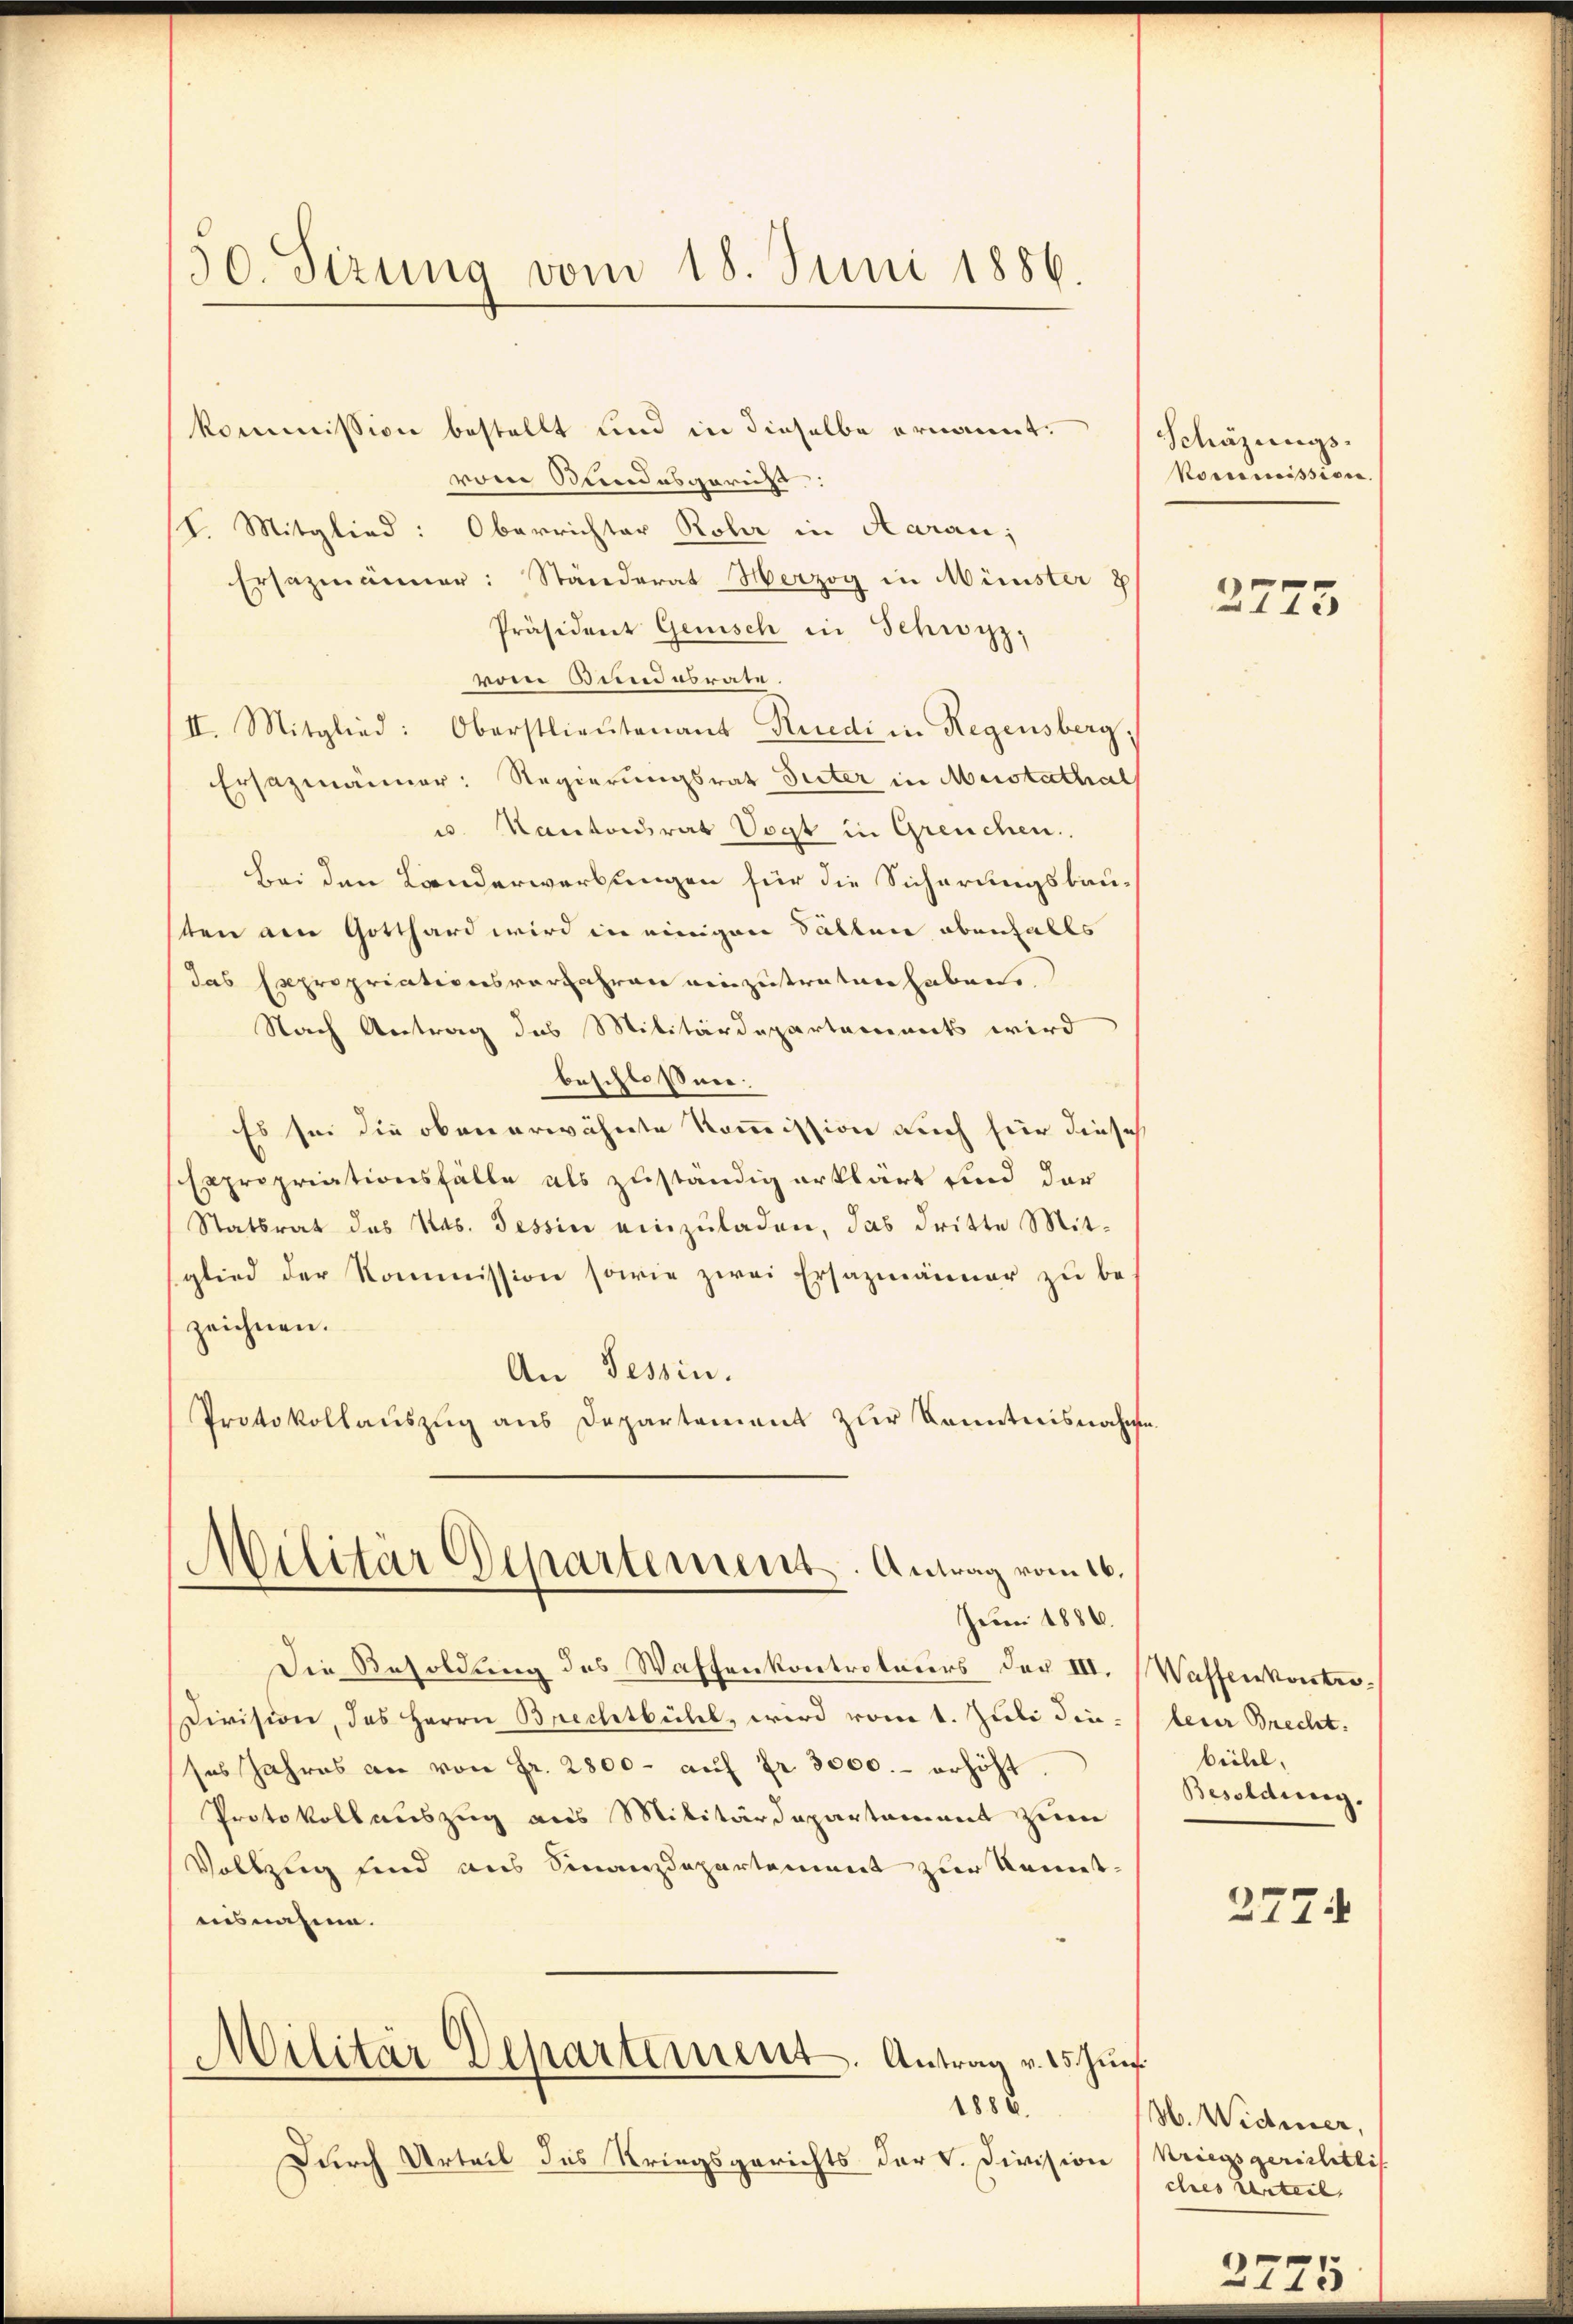
30. Sizung vom 18. Juni 1886.

kommission bestellt und in dieselbe ernannt:
von Randesgericht:
/I. Mitglied: Oberrichter Roler in Aarau;
Ersezmänner: Ständerat Herzog in Minister 8
Präsident Genisch in Schwyz,
vom Bundesrate.
II. Mitglied: Oberstlieutenant Rüedi in Regensberg,
Ersazmänner: Regierungsrat Suter in Mestathal
u. Kantonsrat Vogt in Greuchen.
bei den Landerwerbungen für die Sicherungsbau-
ten am Gotthard wird in einigen Sätten ebenfalls
das Repropriationsvorjahren einzutreten haben.
Nach Antrag des Militärdepartements wird
beschloßen
Es sei die obenerwähnte Kommission auch für diese
Expropriationsfälle als zuständig erklärt sind der
Statsrat des Nas. Tessin einzuladen, das dritte Mitglied der Kommission sowie zwei Ersazmänner zu be-
zeichnen.
An Tessin.
Protokollauszug aus Departement zur Kenntnisnahme.
Militär Departement. Antrag vom 16.
Juni 1886.
Die Besoldung des Waffenkontroleurs der III. Wassenkontro¬
Division, das Herrn Brechtbühel, wird vom 1. Juli dieses Jahres an von Fr. 2800- aŭf fr. 3000.- erhöht
Protokoll auszug aus Militärdepartament zum
Vollzug und aus Finanzdepartement zur Remetaisnahme.
Militär Departement. Antrag v. 25. Jŭni
1886.
Durch Urteil des Kriegsgerichts der v. Division (Kriegsgerichtli

Schäzungs-
Kommission.

2773

leur Brecht.
bichel,
Besoldung.

277.

M. Widmer,
ches Urteil,

d